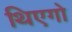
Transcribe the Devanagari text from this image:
थिएगो